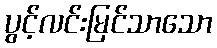
ပွင့်လင်းမြင်သာသော